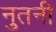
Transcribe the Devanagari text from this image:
नुतनी